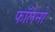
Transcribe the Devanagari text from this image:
फॉलेनो